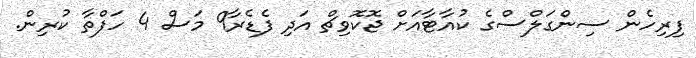
ފިރިހެން ސިންގަލްސްގެ ކުއާޓާއަށް ޖޮކޮވިޗް އަދި ފެޑެރާ9 މަސް 4 ހަފްތާ ކުރިން.